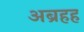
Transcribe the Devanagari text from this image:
अब्रहह